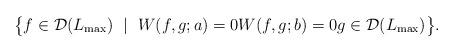
LaTeX: \begin{align*} \big\{f\in\mathcal{D}(L_{\max})\ \mid\ W(f,g;a)=0 W(f,g;b)=0 g\in\mathcal{D}(L_{\max})\big\}. \end{align*}